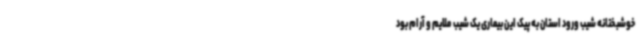
خوشبختانه شیب ورود استان به پیک این بیماری یک شیب ملایم و آرام بود